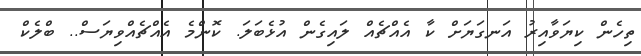
ތިހެން ކިޔަވާއިރު އަނގަޔަށް ކާ އެއްޗެއް ލައިގެން އުޅެބަލަ. ކޮންމެ އެއްޗެއްވިޔަސް.. ބްލެކް